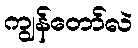
ကျွန်တော်လဲ